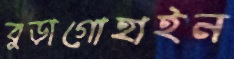
বুড়াগোহাইন